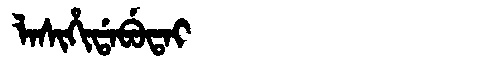
Manchu: ᠯᠠᠰᡳᡥᡳᡩᠠᠪᡠᡨᠠᡳ
Romanization: LASIHIDABUTAI